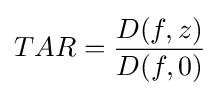
TAR={{D(f,z)} \over {D(f,0)}}